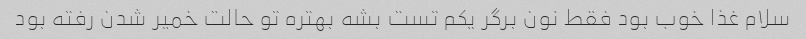
سلام غذا خوب بود فقط نون برگر یکم تست بشه بهتره تو حالت خمیر شدن رفته بود